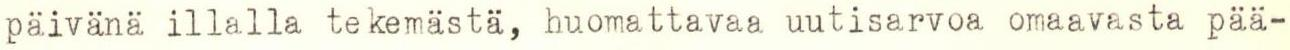
päivänä illalla tekemästä, huomattavaa uutisarvoa omaavasta pää-